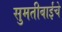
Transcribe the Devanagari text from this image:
सुमतीबाईंचे